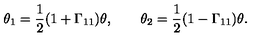
\theta _ { 1 } = { \frac { 1 } { 2 } } ( 1 + \Gamma _ { 1 1 } ) \theta , \qquad \theta _ { 2 } = { \frac { 1 } { 2 } } ( 1 - \Gamma _ { 1 1 } ) \theta .